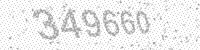
Solution: 349660